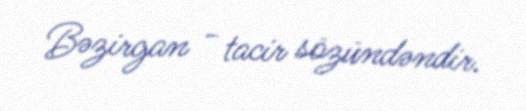
Bəzirgan - tacir sözündəndir.